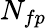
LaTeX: N_{fp}